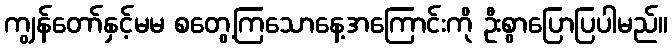
ကျွန်တော်နှင့်မမ စတွေ့ကြသောနေ့အကြောင်းကို ဦးစွာပြောပြပါမည်။